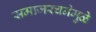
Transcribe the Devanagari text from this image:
समाजरचनेमुळे